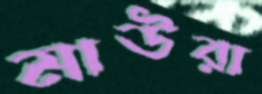
মাউরা